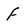
Character: F